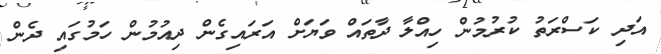
އަދި ކަސްރަތު ކުރުމުން ހިއްލާ ދާތައް ވަޔަށް އަރައިގެން ދިއުމުން ހަމުގައި ދެން